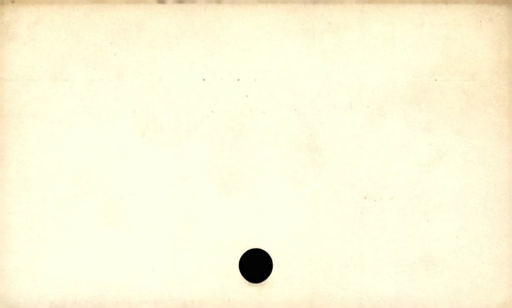
Label: blank